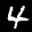
Label: 4